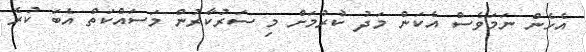
އެހެން ނަމަވެސް އެކަން މަދު ކުރުމަށް މި ސަރުކާރުން މަސައްކަތް އެބަ ކުރެ